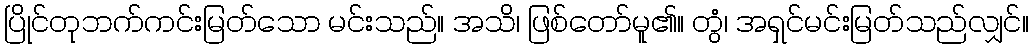
ပြိုင်တုဘက်ကင်းမြတ်သော မင်းသည်။ အသိ၊ ဖြစ်တော်မူ၏။ တွံ၊ အရှင်မင်းမြတ်သည်လျှင်။